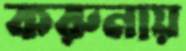
করুনায়